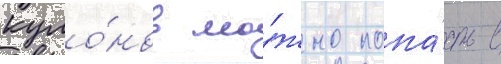
куло́нов мо́жно попа́сть в